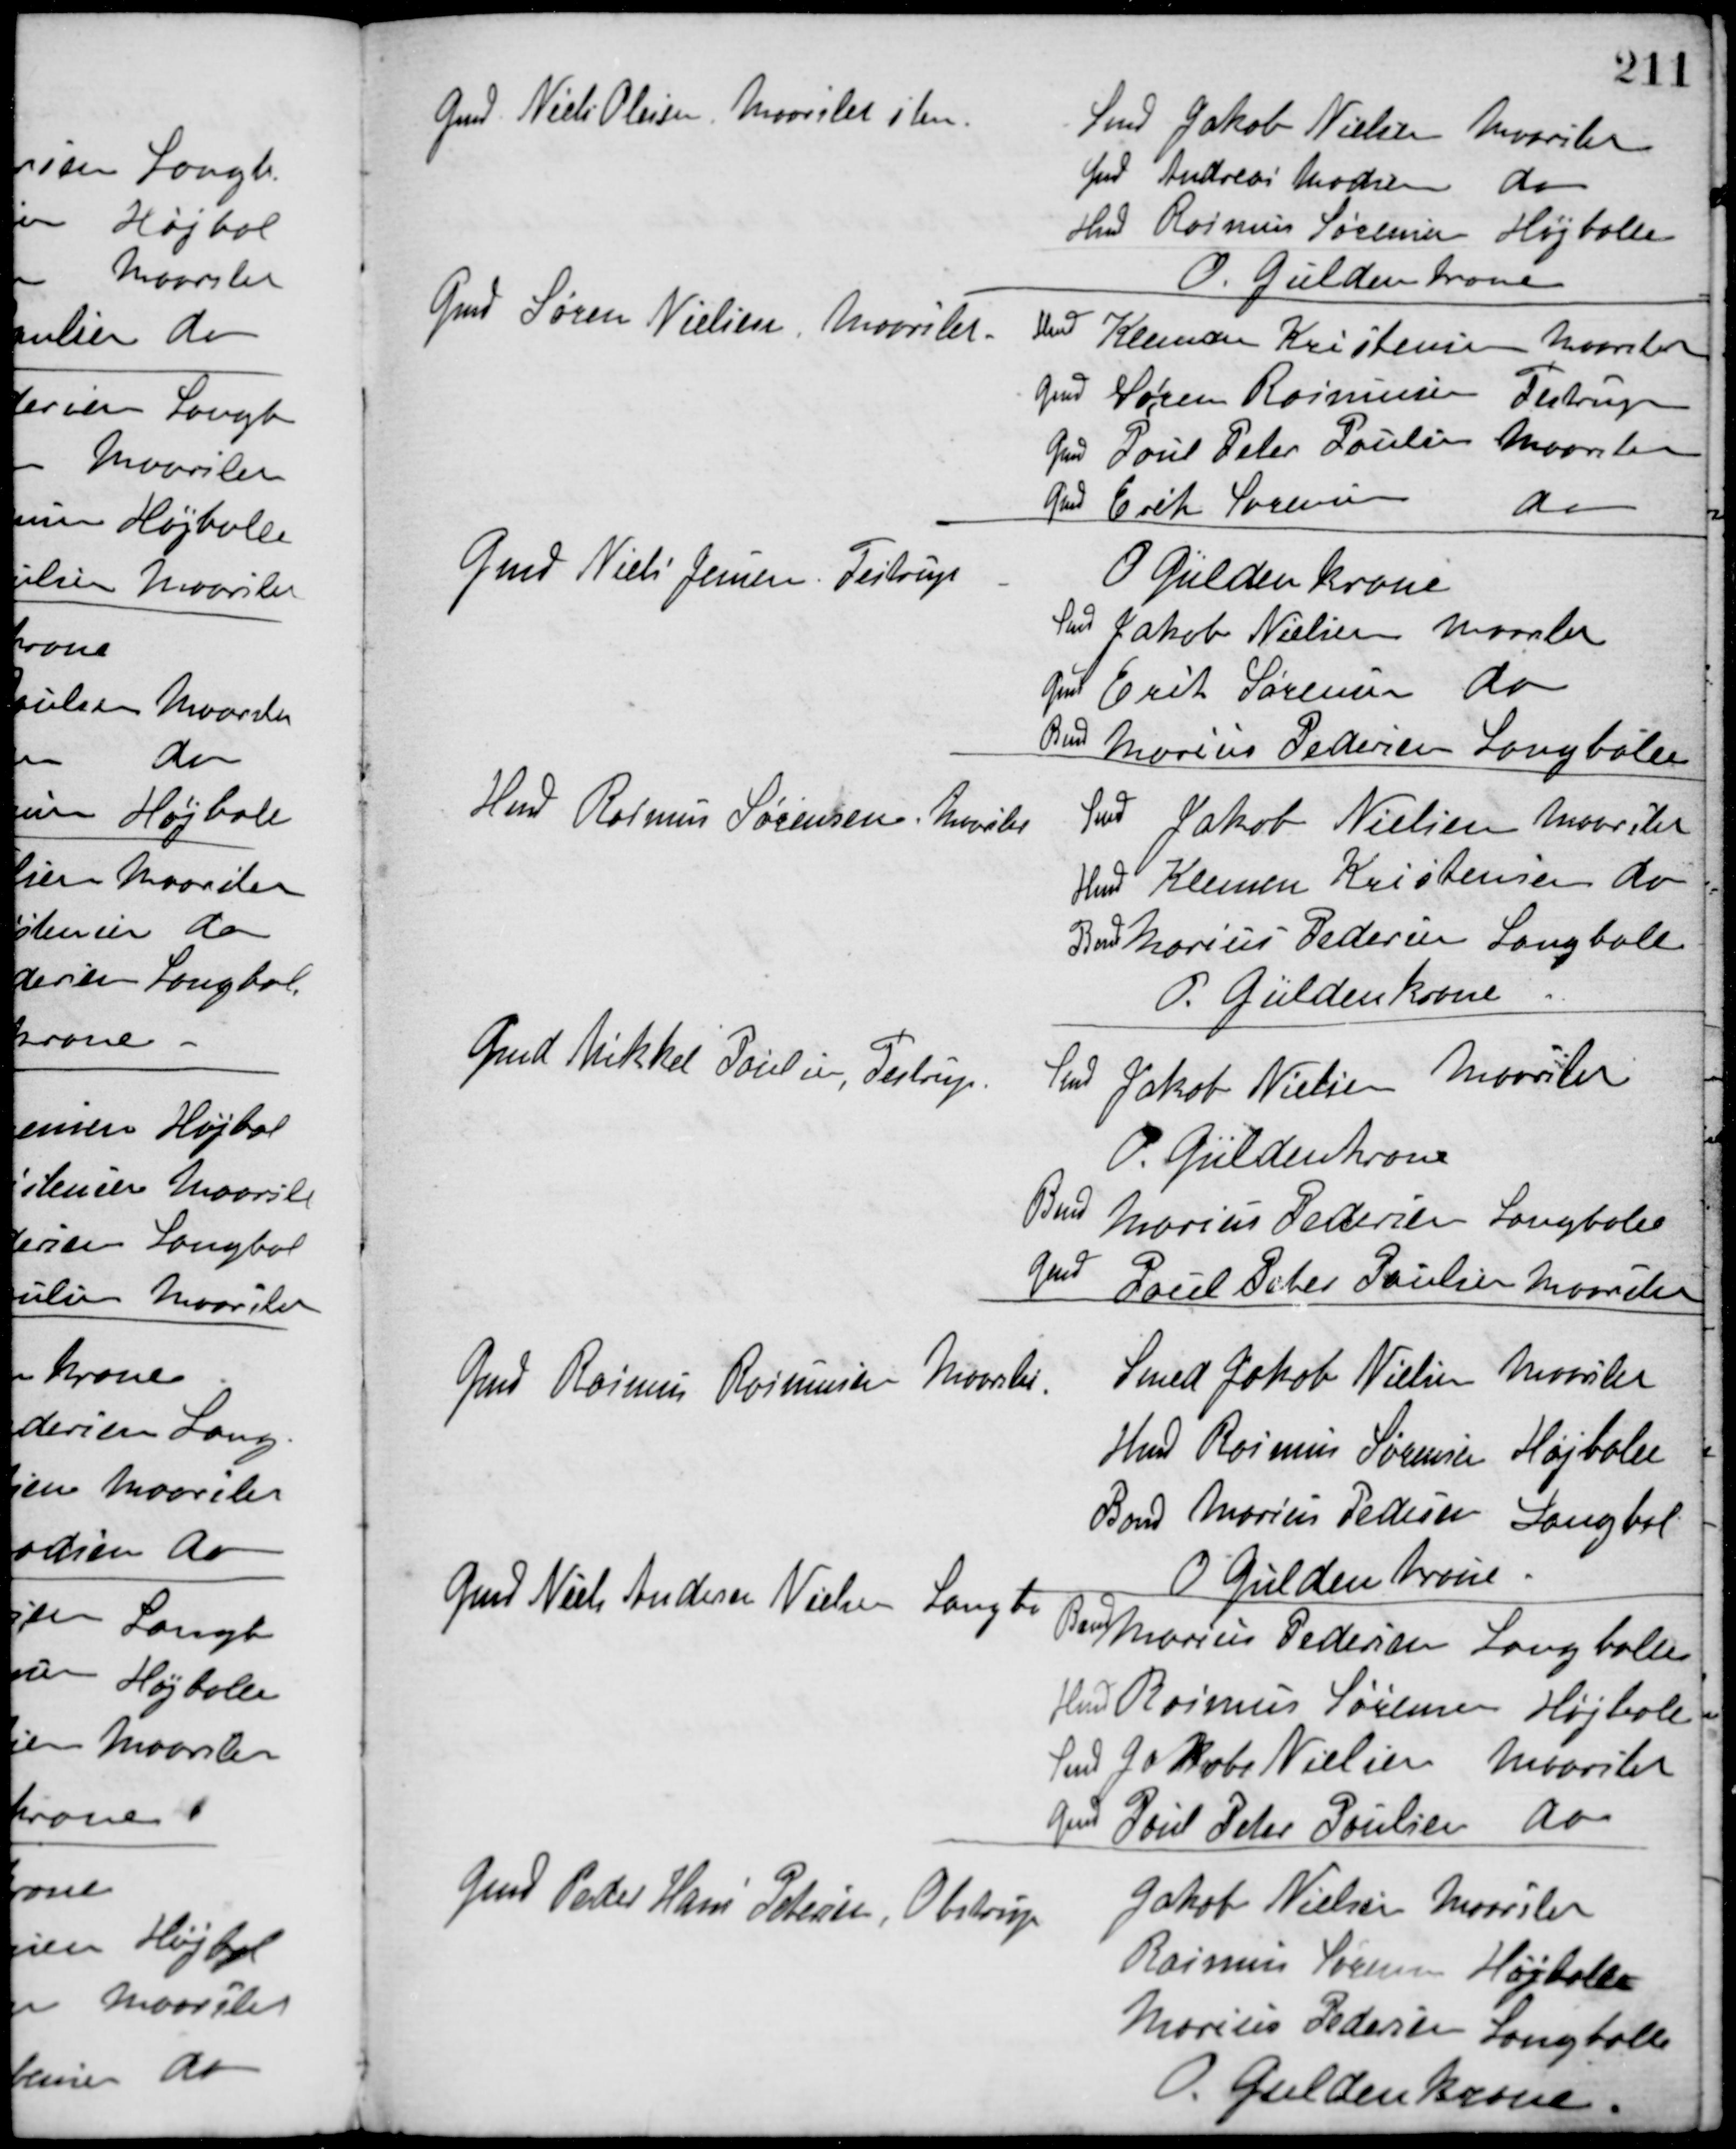
Transskription:
Gmd. Niels Olesen, Maarslet stem.
Smed Jakob Nielsen Maarslet
Gmd Andreas Madsen do
Hmd Rasmus Sørensen, Højballe
O. Güldenkrone
Gmd Søren Nielsen, Maarslet
Hmd Klemen Kristensen Maarslet
Gmd Søren Rasmussen Testrup
Gmd Poul Peter Poulsen Maarslet
Gmd Erik Sørensen do
Gmd Niels Jensen, Testrup
O. Güldenkrone
Smed Jakob Nielsen Maarslet
Gmd Erik Sørensen do
Bmd Marius Pedersen Langballe
Hmd Rasmus Sørensen, Maarslet
Smed Jakob Nielsen Maarslet
Hmd Klemen Kristensen do
Bmd Marius Pedersen Langballe
P. Güldenkrone
Gmd Mikkel Poulsen, Testrup
Gmd Jakob Nielsen Maarslet
P. Güldenkrone
Bmd Marius Pedersen Langballe
Gmd Poul Peter Poulsen Maarslet
Gmd Rasmus Rasmussen Maarslet
Smed Jakob Nielsen Maarslet
Hmd Rasmus Sørensen Højballe
Bmd Marius Pedersen Langballe
O Güldenkrone
Gmd Niels Andersen Nielsen, Langba
Bmd Marius Pedersen Langballe
Hmd Rasmus Sørensen Højballe
Smed Jakob Nielsen Maarslet
Gmd Poul Peter Poulsen do
Gmd Peder Hans Petersen Obstrup
Jakob Nielsen Maarslet
Rasmus Sørensen Højballe
Marius Pedersen Langballe
O. Güldenkrone